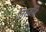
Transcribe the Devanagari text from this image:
तिरुवंडि